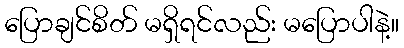
ပြောချင်စိတ် မရှိရင်လည်း မပြောပါနဲ့။